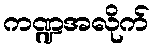
ကဏ္ဍအလိုက်